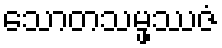
သောတသမ္ဖဿဇံ